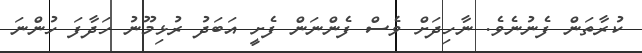
ކުރާތަން ފެނުނެވެ. ނާހިދަށް ވެސް ފެންނަން ފެށީ އަބަދު ރުޅިމޫނު ހަދާފަ ހުންނަ